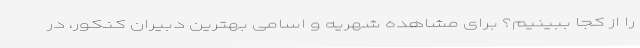
را از کجا ببینیم؟ برای مشاهده شهریه و اسامی بهترین دبیران کنکور، در